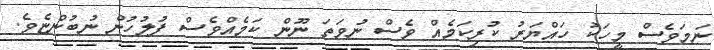
ނަމަވެސް މީހަކު ހައްޔަރު ކުރިކަމެއް ވެސް ނުވަތަ ނޫން ކަމެއްވެސް ފުލުހުން ނުބުންޏެވެ.